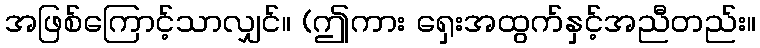
အဖြစ်ကြောင့်သာလျှင်။ (ဤကား ရှေးအထွက်နှင့်အညီတည်း။